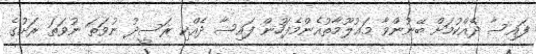
ފައިސާ ދެއްކުމަށް ބޭނުންވާ މަޢުލޫމާތުއެންމެފަހުން ފައިސާ ދެއްކި ރަސީދު ނުވަތަ ނުވަތަ ރަށުގެ